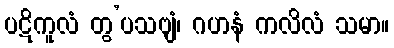
ပဋိကူလံ တွ’ပသဗျံ၊ ဂဟနံ ကလိလံ သမာ။